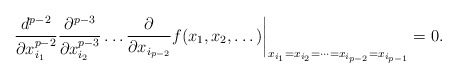
\begin{align*}\frac{d^{p-2}}{\partial x_{i_1}^{p-2}} \frac{\partial^{p-3}}{\partial x_{i_2}^{p-3}}\dots \frac{\partial}{\partial x_{i_{p-2}}}f(x_1,x_2,\dots) \biggr|_{x_{i_1}=x_{i_2}=\dots=x_{i_{p-2}}=x_{i_{p-1}}}=0. \end{align*}